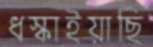
ধস্‌কাইয়াছি